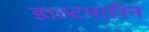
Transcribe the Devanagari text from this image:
डाल्टपारिन